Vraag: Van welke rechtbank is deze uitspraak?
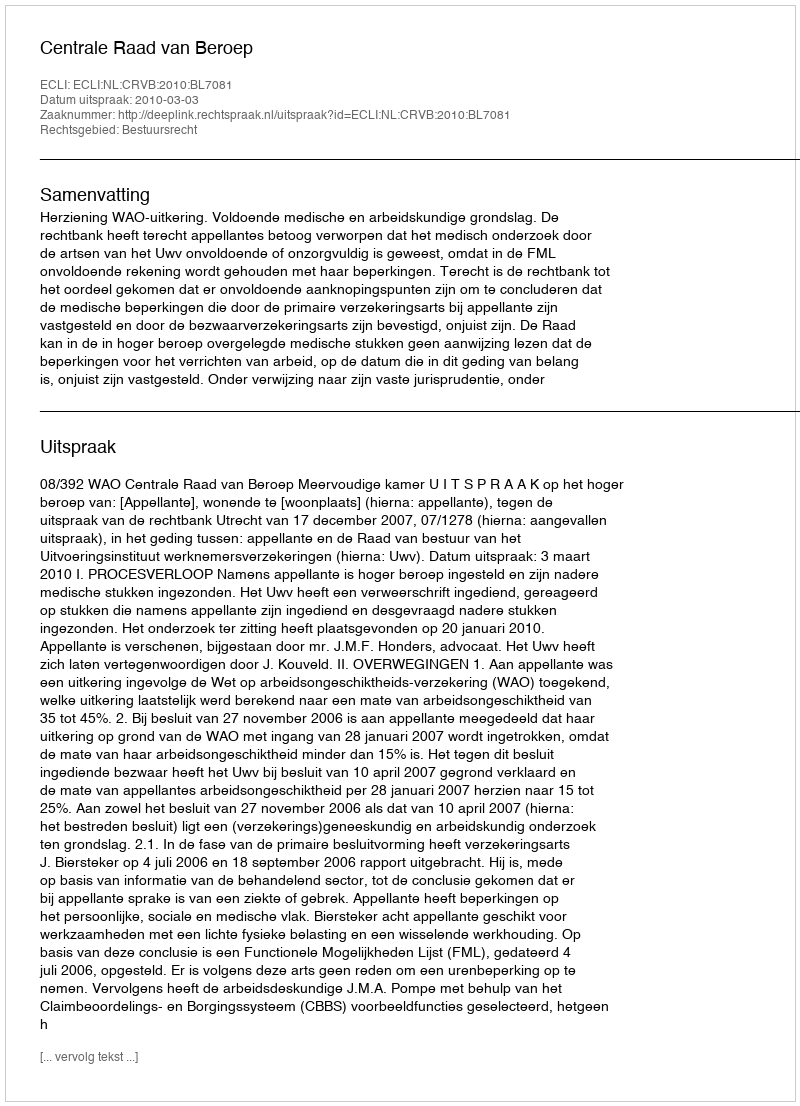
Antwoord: Centrale Raad van Beroep